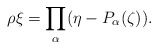
\begin{align*}\rho\xi=\prod_\alpha (\eta-P_\alpha(\zeta)).\end{align*}